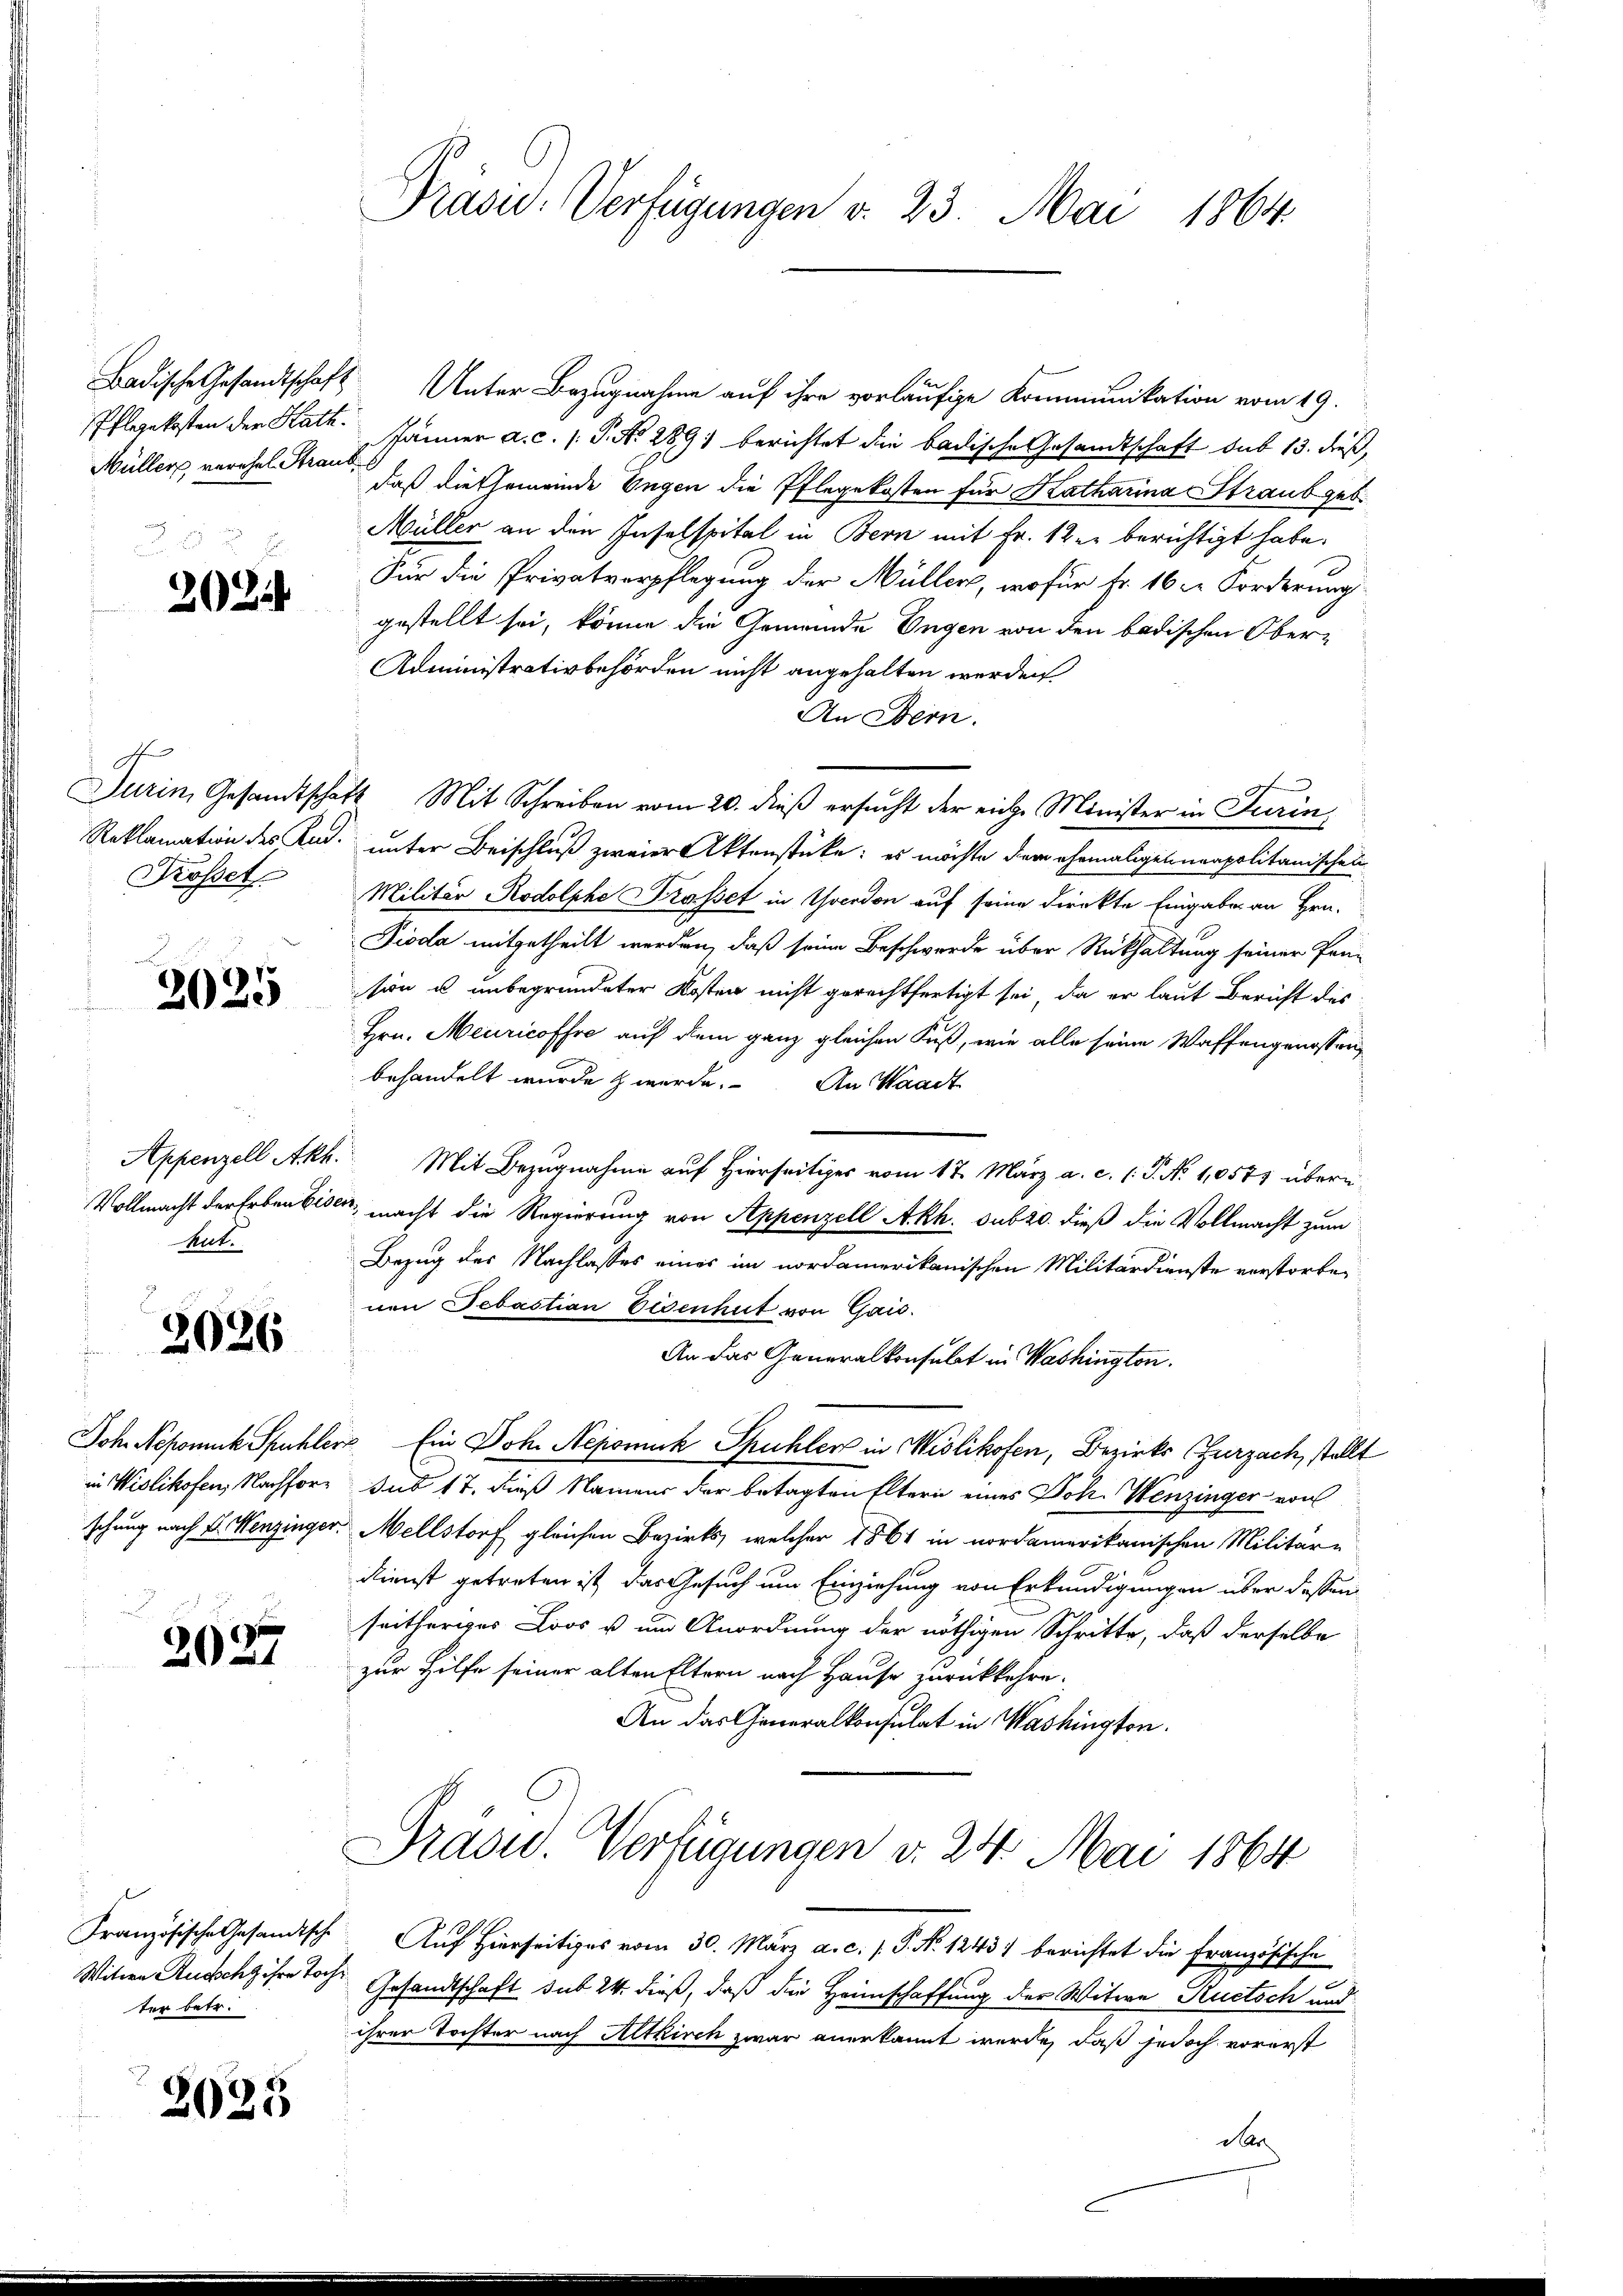
Müller, verehel. Straut

202

A

r
2025

Appenzell Akh.
Vollmacht der Erben bishut.

2026

Joh. Nepomuck Spuhler
in Wislikofen, Nachfor¬

2027

Französische Gesandtsche
Witwe Russchz ihre Tor
ter betr.

2025

Präsid. Verfügungen v. 23. Mai 1864.

Badische Gesandtschaft Unter Bezugnahme auf ihre vorläufige Kommunikation vom 19.
Pflegekosten der Kath. Jänner a. c. s. S. Nr. 289) berichtet die badische Gesandtschaft sub 13. dieß,
daß die Ehemeinde Engen die Pflegekosten für Katharina Straub geb.
Müller an den Inselspital in Bern mit Fr. 12 er berichtigt habe.
Für die Privatverpflegung der Müller, wofür Fr. 16 t Forderung
gestellt sei, könne die Gemeinde Ungen von den badischen Ober¬
Administrativbehörden nicht angehalten werden.
An Bern.
Turin, Gesandtschaft Mit Schreiben vom 20. dieß ersucht der eiche Minister in Turin
Reklamation des Kad. unter Beischluß zweier Aktenstücke: es möchte dem ehemaligeneapolitanischen
Prosset. Militär-Rodolphe Krasset in Yverdon auf seine Direkte Eingabe an Hrn.
Pioda mitgetheilt werden, daß seine Beschwerde über Rückhaltung seiner Pann
sion u. unbegründeter Kosten nicht gerechtfertigt sei, da er laut Bericht des
Hrn. Meuricoffre auf dem ganz gleichen Fuß, wie alle seine Waffengenossen,
behandelt wurde & werde. An Waadt
Mit Bezugnahme auf Hierseitiges vom 17. März a. c. l. P. N. 1,0571 übern
ser, macht die Regierung von Appenzell Akh. Subzo. dieß die Vollmacht zum
Bezug des Nachlasses eines im nordamerikanischen Militärdienste verstorben
nen Sebastian Eisenhut von Gais.
An das Generalkonsulat in Washington.
 Ein Joh. Nepomuk Spühler in Wislikofen, Bezirks (Furzach, stellt
sus 17. dieß Namens der betagten Eltern eines Joh. Wenzinger von
schung nach Sr. Menzinger. Mellstorf gleichen Bezirks, welcher 1861 in nordamerikanischen Militär-
dienst getreten ist, das Gesuch um Einziehung von Erkundigungen über dessen
seitheriges Loos u um Anordnung der nöthigen Schritte, daß derselbe
zur Hilfe seiner alten Eltern nach Hause zurückkehre.
An das Generalkonsulat in Washington.
Prasid. Verfügungen d. 24. Mai 1864
Auf Hierseitiges vom 30. März a. c. P. No 1243) berichtet die Französische
Gesandtschaft sub 24 dieß, daß die Heimschaffung der Witwe Rutsch und
ihrer Tochter nach Altkirch zwar anerkannt werde, daß jedoch vorerst
dar